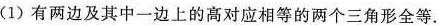
(1)有两边及其中一边上的高对应相等的两个三角形全等.